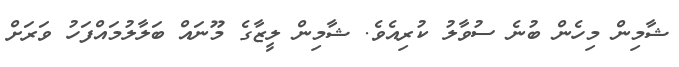
ޝާމިން މިހެން ބުނެ ސުވާލު ކުރިއެވެ. ޝާމިން ލީޒާގެ މޫނައް ބަލާލުމައްފަހު ވަރަށް